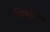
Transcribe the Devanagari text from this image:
मियांगाव